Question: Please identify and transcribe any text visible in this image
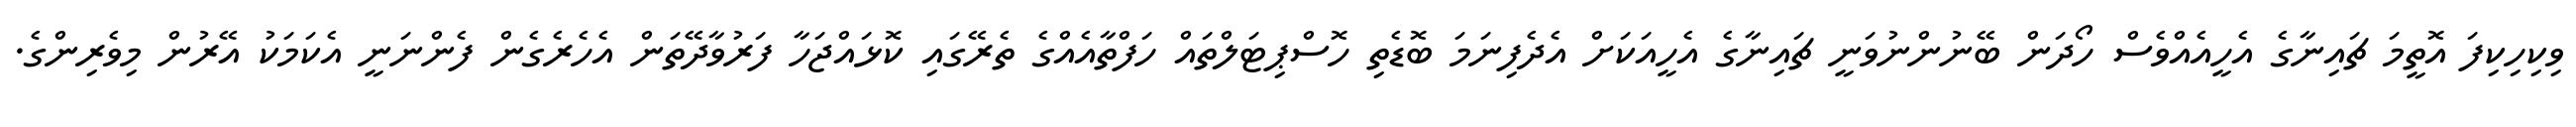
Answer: ވިކިހިކިފަ އޮތީމަ ޗައިނާގެ އެހީއެއްވެސް ހޯދަން ބޭނުންނުވަނީ ޗައިނާގެ އެހީއަކަށް އެދެފިނަމަ ބޮޑެތި ހޮސްޕިޓަލްތައް ހަފްތާއެއްގެ ތެރޭގައި ކޮޅައްޖަހާ ފަރުވާދޭތަން އެހެރެގެން ފެންނަނީ އެކަމަކު އޭރުން މިވެރިންގެ.